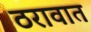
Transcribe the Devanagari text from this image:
ठरावात